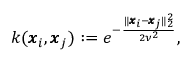
k ( \pmb { x } _ { i } , \pmb { x } _ { j } ) : = e ^ { - \frac { \| \pmb { x } _ { i } - \pmb { x } _ { j } \| _ { 2 } ^ { 2 } } { 2 \nu ^ { 2 } } } ,